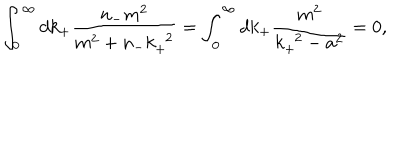
LaTeX: \int _ { 0 } ^ { \infty } d k _ { + } \frac { n _ { - } m ^ { 2 } } { m ^ { 2 } + n _ { - } k _ { + } ^ { \; \; 2 } } = \int _ { 0 } ^ { \infty } d k _ { + } \frac { m ^ { 2 } } { k _ { + } ^ { \; \; 2 } - a ^ { 2 } } = 0 ,